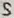
Text: S